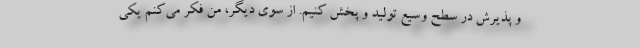
و پذیرش در سطح وسیع تولید و پخش کنیم. از سوی دیگر، من فکر می‌کنم یکی